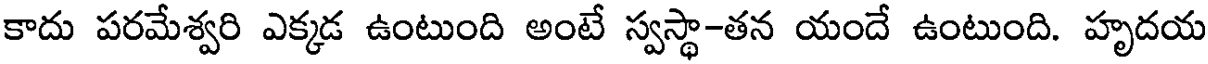
కాదు పరమేశ్వరి ఎక్కడ ఉంటుంది అంటే స్వస్థా-తన యందే ఉంటుంది. హృదయ